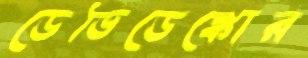
ডেভিডেঙ্কোর